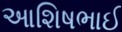
આશિષભાઈ